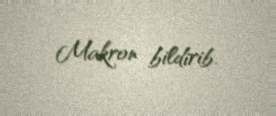
Makron bildirib.